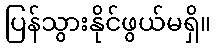
ပြန်သွားနိုင်ဖွယ်မရှိ။